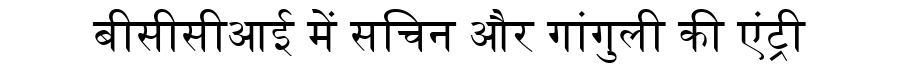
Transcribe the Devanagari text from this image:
बीसीसीआई में सचिन और गांगुली की एंट्री